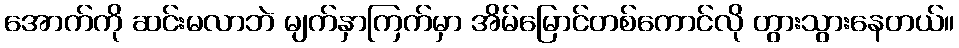
အောက်ကို ဆင်းမလာဘဲ မျက်နှာကြက်မှာ အိမ်မြောင်တစ်ကောင်လို တွားသွားနေတယ်။